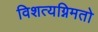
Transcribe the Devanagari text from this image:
विशत्यग्निमतो